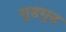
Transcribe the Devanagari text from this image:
गुडगुड